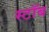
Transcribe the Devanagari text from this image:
स्टॉब